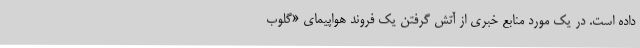
داده است. در یک مورد منابع خبری از آتش گرفتن یک فروند هواپیمای «گلوب